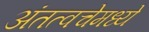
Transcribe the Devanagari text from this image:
अंतत्वचेमध्ये